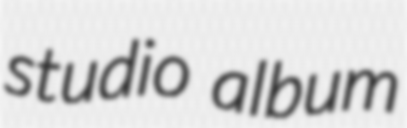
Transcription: studio album